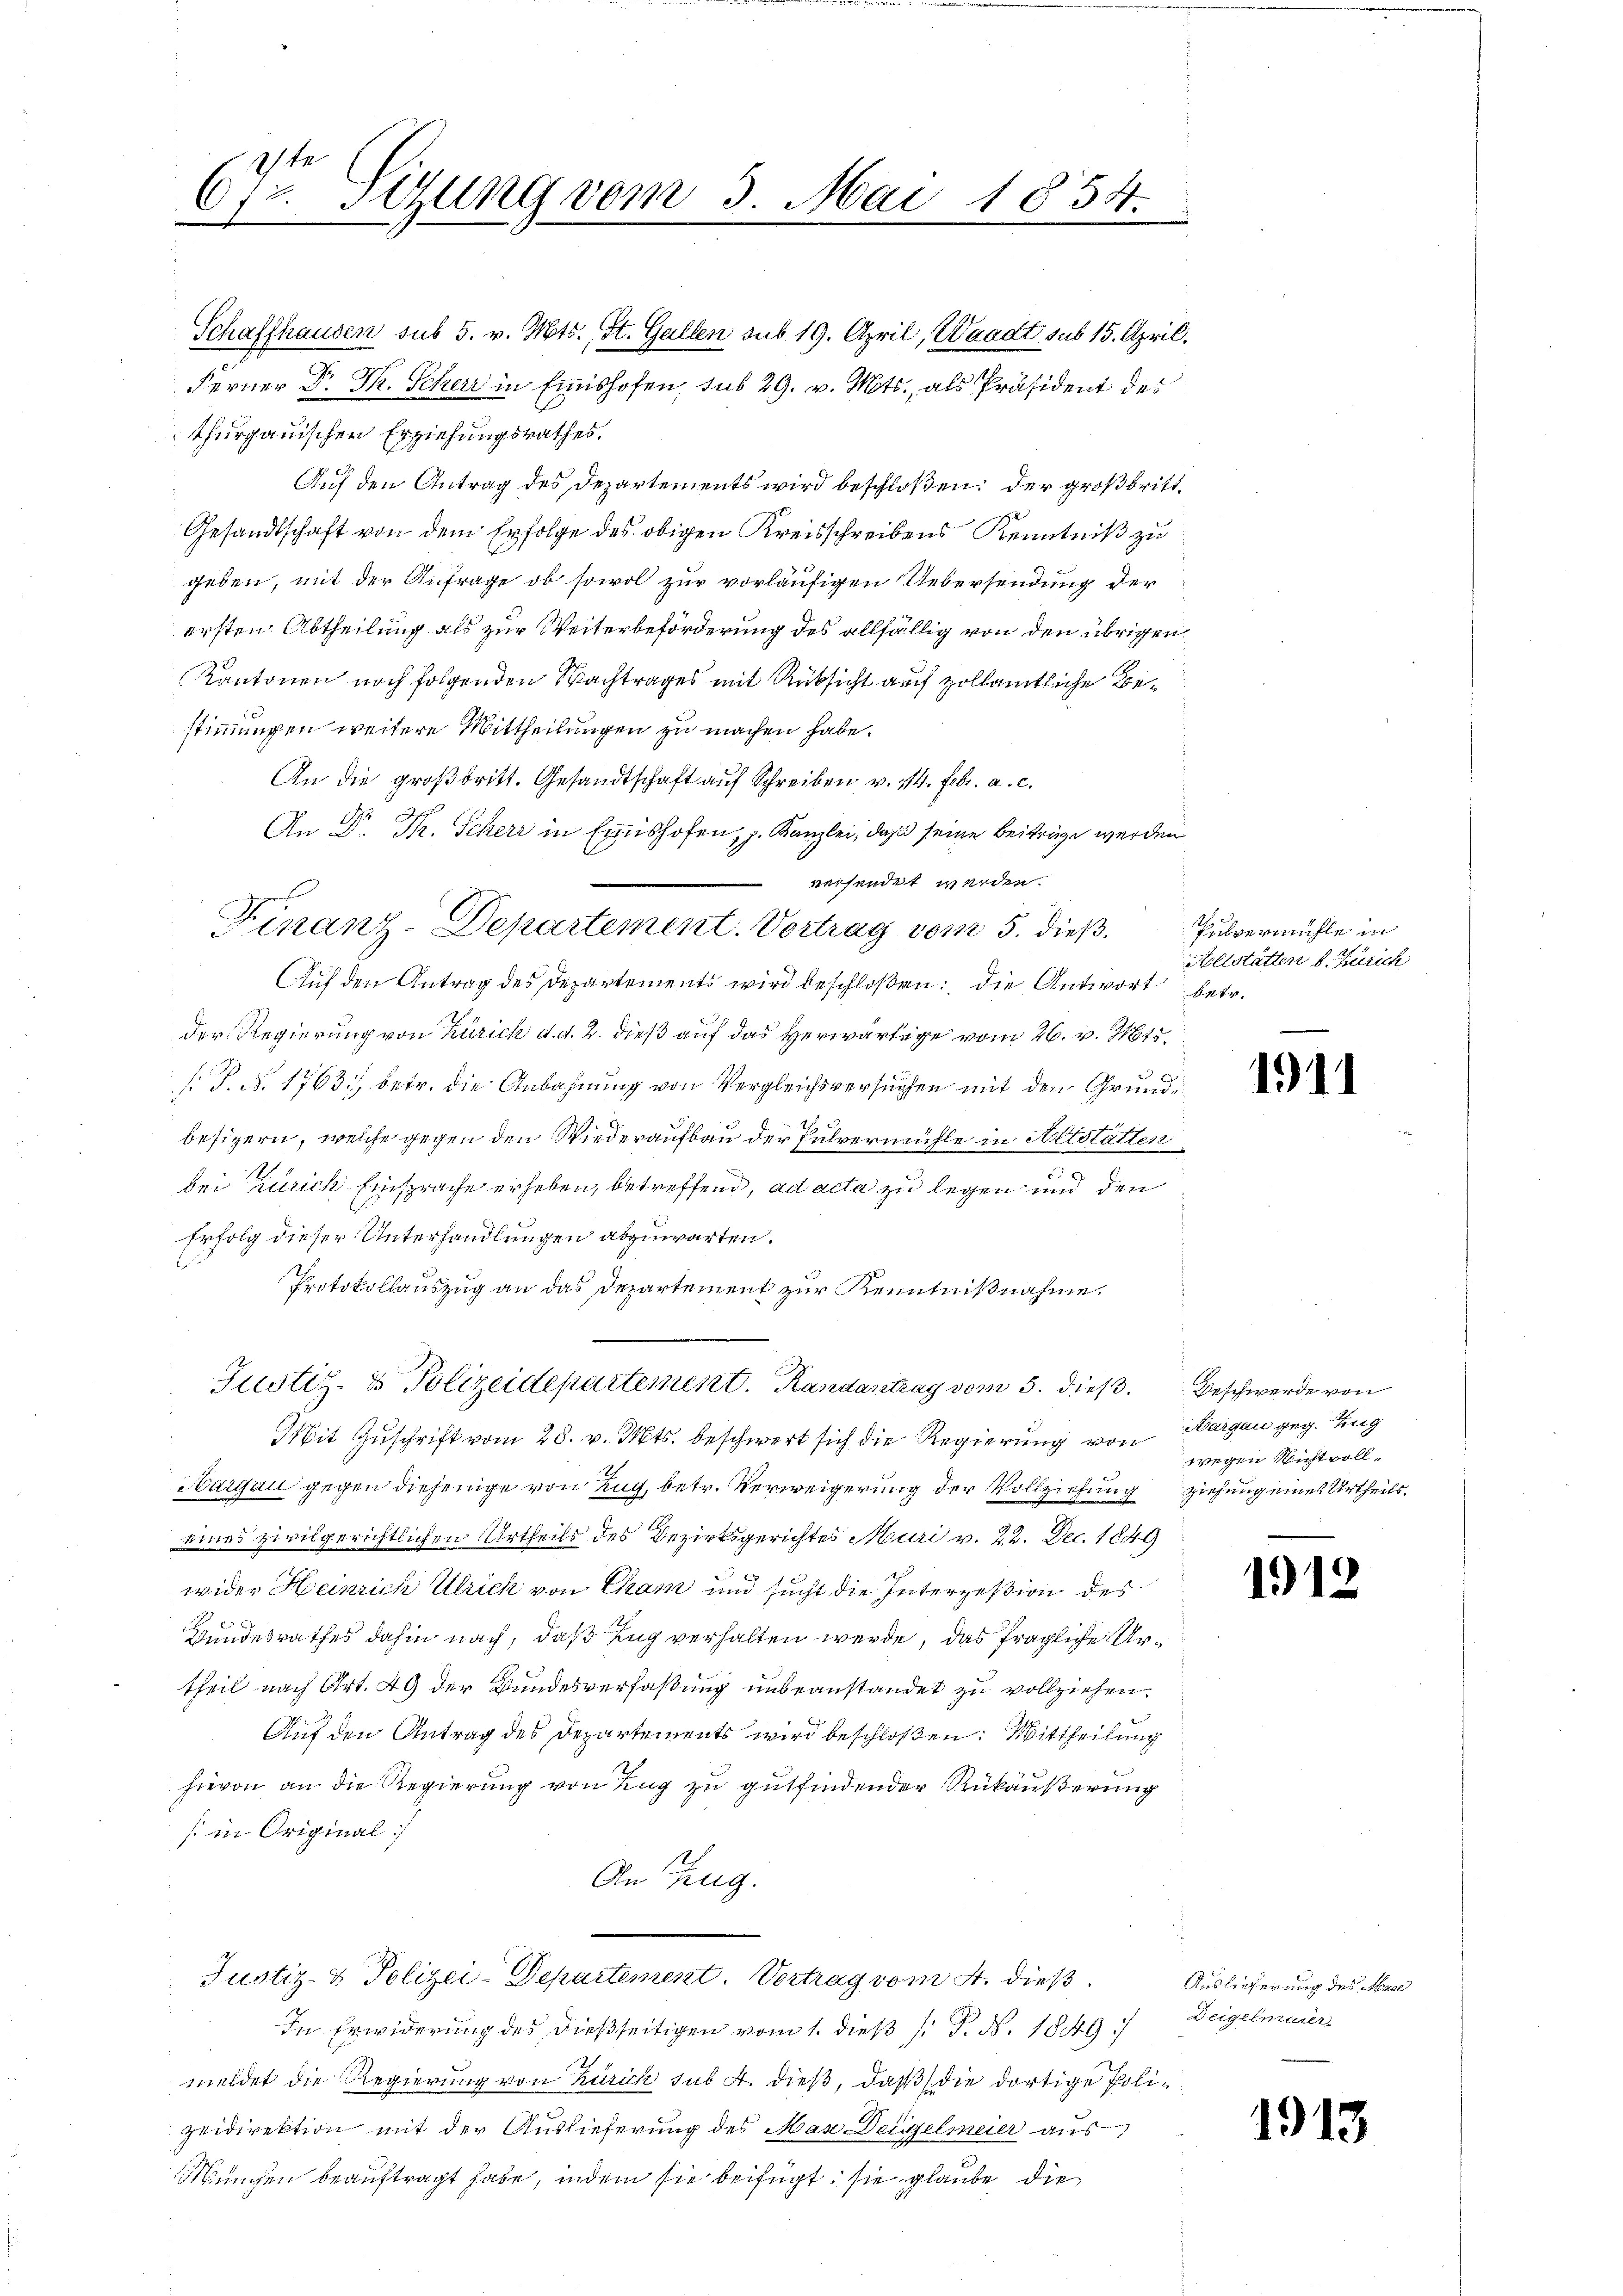
672. Sizung vom 3. Mai 1834.

geben, mit der Anfrage, ob sowol zur vorläufigen Uebersendung der
ersten Abtheilung als zur Weiterbeförderung des allfällig von den übrigen
Kantonen noch folgenden Nachtrages mit Rüksicht auf zollamtliche Bestimmungen weitere Mittheilungen zu machen habe.
An die großbritt. Gesandtschaft auf Schreiben, v. 14. Febr. a. c.
An Dr. Fr. Scherr in Emishofen, p. Kanzlei, daß seine Beiträge werden
versendet werden.
Finanz-Departement. Vortrag vom 5. dieß Pulvermühle in
Auf den Antrag des Departements wird beschloßen: die Antwort betr.
der Regierung von Zürich d. d. 2. dieß auf das herwärtige vom 26. v. Mts.

s. S. Nr. 1763. betr. die Anbahnung von Vergleichsversuchen mit den Grundbesizern, welche gegen den Wiederaufbau der Pulvermühle in Artstatten,
3
bei Zürich Einsprache erheben, betreffend, ad acta zu legen und den
Erfolg dieser Unterhandlungen abzuwarten.
Protokollauszug an das Departement zur Kenntnißnahme.
Justiz- & Polizeidepartement. Randantrag vom 5. dieß. Beschwerde von
Mit Zuschrift vom 28. v. Mts. beschwert sich die Regierung von Margau geg. Eing
Aargau gegen diejenige von Zug, betr. Verweigerung der Vollziehung ziehung eines Urtheils.
eines zivilgerichtlichen Urtheils des Bezirksgerichtes Muri v. 22. Dec. 1849
wider Heinrich Ulrich von Cham und sucht die Interzession des
Bundesrathes dahin nach, daß Zug verhalten werde, das fragliche Urtheil nach Art. 49 der Bundesverfaßung unbeanstandet zu vollziehen.
Auf den Antrag des Departements wird beschloßen: Mittheilung
hievon an die Regierung von Zug zu gutfindender Rükäußerung
s in Original:/
An Zug.
Justiz- & Polizei-Departement. Vertrag vom 4. dieß
In Erwiderung des dießseitigen vom 1. dieß (: P. Nr. 1849
meldet die Regierung von Zürich sub A. dieß, daß die dortige Polizeidirektion mit der Auslieferung des Man eigelmeier aus
Mungen beauftragt habe, indem sie beifügt, sie glaube die

Schaffhausen sub 5. v. Mts., St. Gallen sub 19. April, Waadt sub 15. April.
Ferner Dr. Th. Scher in Einishofen, sub 29. v. Mts., als Präsident des
thurgauischen Erziehungsrathes.
Auf den Antrag des Departements wird beschloßen: der großbritt.
Gesandtschaft von dem Erfolge des obigen Kreisschreibens Kenntniß zu

s

Aollstätten v. Zürich

1911

wegen Nichtvoll¬

1912

Auslieferung des Mari
Deigelmaier

1913